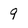
Character: 9